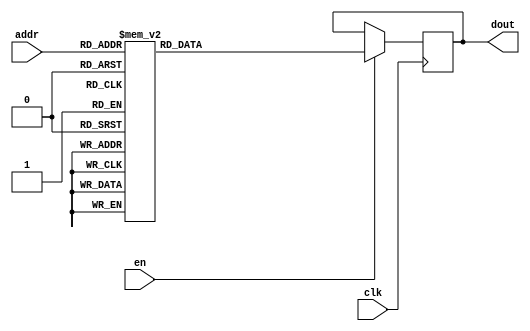
`timescale 1ns / 1ps
/*
Copyright
All right reserved.
Module Name: rom_syn
Author  : Zichuan Liu, Yixing Li and Wenye Liu.
Description:
A synthesized ROM: ROM_DEP x ROM_WID
*/
module EC_1_W_ROM_F_15(
// inputs
clk,
en,
addr,
// outputs
dout
);
localparam ROM_WID = 1152;
localparam ROM_DEP = 32;
localparam ROM_ADDR = 5;
// input definition
input clk;
input en;
input [ROM_ADDR-1:0] addr;
// output definition
output [ROM_WID-1:0] dout;
reg [ROM_WID-1:0] data;
always @(posedge clk)
begin
if (en) begin
case(addr)
		5'd0: data <= 1152'b110111011000001101101011110000110111000110001000111010011011111100011011100101000000001100111000001100101111110100111001000111101000010110110111001011100100000111100101110000011001101001001111000000000100000011110101010011111000100000010101010010111001110100001001000010111010000001000011100101100100010111001001000001110000101011010100010100011011101101110110000100010001100100100111110111001000010011011001101001100111000110011101111010011111001100110001001111011100101100110000001000101111110100111001110110101000010110110011001001100111000100111101010010001001001111001111000010100101100001111100011101101010110000111101010110010001010010000001100110111110000100010111010101011000110010000011011010010000100011010000100001011010111101101000000100001100000100000110100110001001110011010001101111100111101110010100101000000111101101100001001101010100001101000101001011001111100000010001010111001010000110000110101110000010011000111010000101001101001010110111100010011100010000001011001100101110111010110101010010010100010110000111100011001011011001000001011011000010100100000000001100010011100100110000010001010100110001101000100101001111001100000100;
		5'd1: data <= 1152'b000100111110011100101110000011001010110011000011010010100111011001000000011000000101111110101010001111001011100000000010000111110000010111111000110000000100110100000001011110101001001101101001000100101100101001010101000101111001000101110100100100100000011110011110010010001101101110100000011010000010101101110001101100011110000100100111000011100111010001111011110110011011100000001010010010001011011000100111111011001000111001000011100100101111111101000010001100000100100011011000100101000010110001000011100100010010100100111010001100001100000111110001000001101101001001100101000001001100101100010100001101111001000110011101111100001100000011000101000001001111101010100110000100000010110001111101101100110011000001100010100011110010110101100011100110011010001001000010000100011011111000110101011011001110101010000001100110111001110111000010010101000111110001110011111101111100111101101001011100010100110100011000100110000100100111000011100001001101000100101101000100111001001101000000001011010110000111101011011010110100010011011100000000001101100100100000001100010010111111111001101000100011000100110111000010110000110101110011110100001010000001001010;
		5'd2: data <= 1152'b000001000001011110101110011001011110110000000001100011101000111110101101010100100100110011011110100100010011000111010100000011010101100000011011100111101100101011101001001100111100110110010100110000101001111000101001000011011010011101001100100110100000011001010010001010110011011011101001110011001000100010001101000101110000001100011110110110000000110000111010010011101011001110010101000001110010000011101111011000110010010110001011011111101010000100110010010010100100110000111010100000111001011000011010010011110010011000111000111000011010011000100110100001110111110111111010111101001100101011100111100011111001000111110001011110001100011100010001101000001101101100000001100110000001100110111100111110011011100111101010011011101001000011000110101000100110100001001111000011010101100000001001000101101100010111111110000001100101100010011001110100110001000111110111010111011110011001011000001111010000010110111101010000010101110001000011001001100101010100101000001111111001000010000010001111110101010001110010000110001100110111010111110010010011010000101110110100110110110011010101000111001000100001011000100111010111110001000110111011100011101101111000;
		5'd3: data <= 1152'b010011111110110010111001100110111110011011110101011100000000101000100100000010100111101101000101100000111000001101111101111011110000011101101000111010111001100110001111100100010111110100110010111001111110101011101110001101110010000111110001011100101100101000001010010010001101111110111001011011100100101101101010110100100111011101101010111011100001001010100011111110000010110011001110000110011011111101111101110100101000000101101000100000000010111101000100000111010011001101100100010011101100011010011011111100000101010101111101011010010100010001000101101011100001000101101000000101010010101111110000001001110011010010100011110001010111000011010101111111000110100100001111000100010010110000100001000110110011100100101011001000100011011101100001111000000100110101111100100000100100011001001011101111101001111010010001010110101001011111100101101111111110101010000000110100011011111000110110110001000000001011010011001111101011111011011110101100011000111010100101111011101001111110111000010000001101011011111100001010000000011110011000101010111110111011101000110010110101000010101110100001001100100100010101110100001101110011010111001001001010001000001101;
		5'd4: data <= 1152'b100011110101110100111101101000110111111011000101100011001011101101100000000100000100100110111011111011110010100100111111010011100000111000011101011011001110000100011011110010101011110101100011010100101010011101011100110100010111001100111101011001001100010010001100100110111010010000001001010100001110011011101111111010110101101011110000000111001100101001111100010100001010110001000100001100110100111011001011101011101111111010000001001101100111011101111001011100010101001000110101101110100110100001110101001011100001101101100000110000111001110000101100100000010111101010110101011100111010110111101010010111001001010101111100011101101100011100001011100100100111111110001100001110111000101100101110101111101101101000100001100110010110001011010100011101110010000000100111001010000101100101011101111011101010011110101010001001010110100011100011000110101001001100101110001110101110011010111111010101000111110011111101010000000000011000000001101111000011011100101011011100010100100010000010011101110000000011100011110110001111110110101101110001100011101010000110011100011010110111010101001101001000100001010101100001101111100100111010010001100011100100001101;
		5'd5: data <= 1152'b110100110000101010100101101001101111100101000111010011101101000011101010000100010110100001001100100001111110011010010000001001000101101000100100001001111010111010111000000000110100111011111100011000011001000101100000010010111000110110101001000100010001010101001001100110101010101010010010011111000000011011000110001011010101000011010001001001010111101111000001111111010101100001000110101001011011010000110011110011000010000010000000100101000000100001010101100110010000000001010011100010000101101001000111010110101011010000010111010010111100110011110001001011001011010100001110010010011011111110110010001111110110110011010100110010111111111010001101101111011001110111110110111100110011100010110100111001000110000001011100101001100010010000111110011101001101101100000100000100001010001111011001000000111010010101101010101010001011110111000011000001101111100001110001010101101100000110011000110110111101100000101011110001111111100100110101011111111011100111100101010011100001011101011010100000000011101111100111000000000100000001011000101000001000011110100001111010100101001111111010111100110110011101010001111010010000000010100010110110011000011011011101;
		5'd6: data <= 1152'b000000010100001010100000010011101011011010010110001100000011110010000001111100000001011101111011111100001110111000111110001001100000000110100011001110111100001111111100010010111010101010000100100010100110000010001101111110001111011000101110011110000010001111110001001100110011010011110011111110011111110010000010011011001000111011101001000100011100010010101110000001101111001100110001101111110000110011101000100101111111011010111111111011010110100010001001001110111100001010111011001110011010101001110100011110001001110100100101111011111001011110110110110000111110100010010001100110000010011101001000010101100011001111101011101111110110101001110001001110110011111011110111110110111011111110100011100011001100111000111101100100110100010001110111100001111011101001110010110111110101010001000100111100111011011001110010100000100101000010111001101101110101000010001000001100011000001001100000001100001101110100000100110101011110001111111010111100101010000010011000001110011010111111010011101111010111010110001010101101100010100011011000000110111101000111010011101100111011101011100001101101000001111010101111110100110010110101110011010011111001101011100011;
		5'd7: data <= 1152'b000010110000101100101011001000100111010010100010101011011010111011111011011110101101111110100110000001110101000011100000000010010101110111000000010110100100101100111010011011110011100110001110000110011111011110010011101111000110101100001100101011010011101010111101110101010001110000010111011100110111011011010000110010100110110100101101111100011110010110110000010111011101110111111000010011111010110110101100101001100110010111110111111011001101000111111010011110000000110111101010101101001011000101100110100011001101101100001000101000111000111000100110000101110110110100110101101000111011111111001101101111110110000111111001001001101100011110101011110000110011111110011110111110100001010100011010101101001110011010111001101010111110100011110100111111110010111011100110101011011010011100110100011110110010110001011011000010100010000000011010110011000001000101001000111111110101110001011011010100011101010011011100110001010110111001010101001011000101000101001000000110010011111111000001100011110011100101110011110000111111001011111101110001000011100000111110100100000011100110100100001100111011110100011001111010111011111111100000010111100111001111011100;
		5'd8: data <= 1152'b011010001001110011001011101111001000100010010111110111101010001001000000111000001100111100001100100011010110110100101100110001010000101000000110100011100000010000001110000100111111111011011101011010011111001011101100010110001001010100111100011001111000111100111010000101001110111111000000011011000011101111111110110110110111110110111000110001010101111111000101000111000010000101000110000110000001110101010001110000010000000100111110101101010000101110010001101011110001001010111011010110110001000011001000001100101101110100111011000100000100000111000001001011001001010100101001000111111100111000010000101010010101011111010000110110111111100111011100000111110101100010000011110000011111111010010101100011111101100001010111100100100010110100011110100111001111100000000100010111010010101010100000101011010010000000010110111111101111011111101000001111110000111001000110100011010010110110100010100001110100101100100010101011101011111111101100110000110101111011110111011101101100101001011100010000001001110111111101101001001000010100001110010001000100011110101000000011101000001101111110100100111111011100101000110011011101111011001001100110010010111001000111;
		5'd9: data <= 1152'b100010000001100111000111011000110101001110001110101000010010011100011010010010101011011110111101110000110001101110001010011110111100000010011011110000010100000111110101111001101111100111001101110110101101100011110101000011110011010001000010100000000010011110000101100011011010101000111101101100000101110000011010101110101110100011001000110011010100011010101100010000000000100010100011100010100101001001010101110011111111101110011110101110100011111001111011101001001000101100111100110010100010111000101110001001101101100100001000110100010100001101100001101011111111111110100001011110111011001010101011000111000100000000010100100010100000011001010111100011001000111100011000001111111100001111111011111100000111010111111000110011000100001010000110110111001110001000001111100110100110010010000111100110111111111011101101001000111101000010011101001011010001001111111111001010111010111000100100001011000001100011100001001110011101111010111100101110100011100011010011011101110010111001101011111101000101100110111100101110010000011101011101101111011000011010110001001011101110000001010011101010100010010101010000000001001100000111000000110111011001101100001101;
		5'd10: data <= 1152'b011111101111011101011011000111100111001110011010111110011001001001111101011111111010000101001101110010100011111110100100110110101011110011110101010100001101100110010011111011101011010001001100000110011010001110010010111101001100100010101001000001001001101011101000001111010101010001010100110100011111111011110001000001011100011111011111001100100110110001001011010110011000110011111001100111001110011100110000111110100111000010111111101101011111000000100001001110111101101110101000001100111001010111110000100100101111000010001010001011101110100011000100010101111011010111010101000000100010100111010011011100100001100000100101011010110001011011111000100100001000110011000100001111100111001111110010000110010000011010111111010000011100101100001001000101111110000111100111110000101111011000100110011110110101111000101011111010101101000000011101011000101101010101011011111000011001110001100110110110111000010110010010001001100110100110111111010000010001001011011011000000011100000111010001100101111010010000101101011101001001100011110001000101101100100110001100110101010011010010110001001011010011111010110001000000001110011001100100111101010001001111000110;
		5'd11: data <= 1152'b000001110001110110101111001001100010101011100001011011101101101001110110010110100100110101001000100010101111100000000000110011010110011101010111001011100011011011011001110100110110101010111011110001010001101011001001110001111100100110111001010001001101010110110101110001100010110110111100001011100001111100001101100000011101010000010111110011010010011011011111101111010101010010010101001001010100011101101000010001000011010110011101011111011010111100010001110101000001110110110010110010011011100101001100110111100010010110110111011110100100100010010001001011001001010100101111010001001010110100010010001101110110101011001100110110011111111001111000100100110101001101000001000110011011100010100001001011100101101110110111101100101111100101111010000101111000110100111010110110101000100110010100111000011110011110100010111101101100011100010010001101001100010101010101100010001001000010011101000001001101100100111010000000001101101111111101111011001001001010001111100010101011000111010001011000011111011000010101111111011000001011011000000010101000010110101011010100101110011110111011110101001110001000110111100010100000100000011110111011100010010001100000;
		5'd12: data <= 1152'b110011011011110101100110011001111101001011001010111011100110010010011010110000101101110110000101101011111000111010011000001111101100000100001001001011000111001110011110011001011000111000101100110011110100011101010100000010111010000101001110110100000111000111110001000010111011010011110011110110101110110110000110101000100100111110111111001110001110110111101111000001101011000111100000100001011000101001011101100100111001101010010110101001011110001011101010101111010000101000000000011010110110001000111011001010001101010100111011001000001011001110011111111100101100001000101110110011000000000000010000010000011010010000101010111110111011000011010001100111000111100110010110110110101011111111100101001101001100111000111111001100111101110101100111010000101011001011110010100111110000000011010011100000110101101010001010101011011000000001111001001111010000100100111000111000110001111000111010001010101101100000010000010110101101011100110011010010111010100100101110010110101001111110110010101010000110001111011110100110000110001011111100000011000101010110110110010100101111111111101100110100100110110100010111010010111110010000110111100101101011000001100010;
		5'd13: data <= 1152'b111101111010001010111010111011111101001001110001110111101101101110100111101111110110101011010001110011101011111110011000000010011011001011010010001010011100111111011010100101000101101110000101101010011111001111110011111111010000111011101000010100011101001010111101100011101001100110001101111100100101100111110001110010001011000010111100011110100011111111101100101011111011100001100010111000100111111010101111111000101000110101111001000000101111110011000010011010110101110011001100000011001010001111110011110110011000010011001110001000011100110011011100001000110100101001111111101011111111010001110010010000110100100010100011011111011001011111111110110011001010001110010100100111111110111101111010111100111110011110110101011011110011010010110010000101001011110111010110001011011011110001111011101101101000111101011000011101101001111101011110010011110011001011011000110101010100000100011000111111011111111110110111000111101100000011010101010010001100000100000100110111010110001100110011101011101001101010010111101110000001111111110111111111101100000111110011001100111111110110000011011010101110110000111101011010110010110101111110000101011110111011110100;
		5'd14: data <= 1152'b110110100111110011011001100111101010000100111110001101010000111000111101001110110010001100011101001111011010001011110100011100101001111001110100000110011010111110110011101010110010000111110010011010110010101110101011111100010111011111101010101001100111101011011001010110110011111001001100101011010100011000000011101001000000101011000010100101000100111010110100111001101000111001100010111010100110000010011111101101011101101000110001111110100011010010101100101001110100110010000100111101110100111010100100101000001101110001000100110111111010001111111010000010110010101010110110111111011011011111101011100010001110001110000110001001001010101001001000000011100000111001010011001011000110001111101000101010000111111101100110011110000100111011010001010011001000110000101011111110000101100000111000110110111111011101110100000000010110101010001010001101011111010111101101001011011100001011101111011110001001110001001000010100011011001110010100010010101110110101101010110111011011110011101011001110000011111110111010011111101011100000001000000100111000101101100011011001010100011011101001101010100101111011000010100111000000001110100011100010000110101000001100;
		5'd15: data <= 1152'b010100111110101010011100101010001000101011100101000110100001001011101010001101011000100001101100110101100100011010000001001000010101001111101000101011111010110011101111101000010101011001010010111100011010000101001001010011011001110010000110110000010011000100001110111101101100111110001001101011101100010100111010011111011100000110100111110000001011100101011100101010100100100000011101000001111111010100111100001011001010101010001001010101100100101001000001010100001101111010111010100111000010100001000111101111010011010111100111111010010000110011000111101001011101000101110101010000011100100010010110101101010000000000110001010101010100111100011110011111011101100101010000110000111001110010101010000011110111000100000110100001101001110011010010001001010100101010001111010000011001100100101010011010011110111011000000000110101101111101000000010000001101010110001011100011001000110111000101000100010100000100000110111000000000010011000111101001001100000110100101011000101101001010001100110000100001001001011101100000010100011100001000000001111101011101100001000001101000101110101001101000110111001011010110100011011001100001011001101110010000100000001111;
		5'd16: data <= 1152'b011011111001011100110111000100011111111101000000110111001110100001101010110111101010110000000010100000111011001010010010101111000010100000100111010011101101011111001110000000111100111011001111010001011001111011010111110101111100010101110100010100011100011110111000000110111001001111110111111010010111111111111001100001000100101001001110001110000111010111100011111100011001100011100110110011100000111111001001100000111001011011000001100011011111000001101100100110101000111010000000000101010001011010110011001111100001010000101001101010001101100110000111100101110101100101011010010000011101101001010101101111110000010111001001010110110101111010001000000111001001101101001110111000010001111010110001000000000111101000100010000101110011010101010011100000111100100001101010110101101110010011001101101010011011111011110001011011101111000001100101010100001100011101000000001101011000011101110001101001011001000110110000100111111111100111011111100101000111011000101100011110111100010111010100001100110100000101000010000011101000010100011000000111000001111010101101110010110011100110110010001100100110101111101000001011011011000111000101111010101000111011100000;
		5'd17: data <= 1152'b100101001010100010110101110000111111110111001101100010101010000101000001101011010111010111011011111101111000100011110001000011001101010110000010101000000010001000110101011001001100010110001101000100001101001100100010000010010111010100010001111100010001011011010111100101011011011010111100011110001101000100011010101100000110100000111101011010111100101010111000110101010110001110001000000111101010101011100000000100000001000101000110111011110110011101110111101010010011100010110011111001110011000000111001000101001101011110010111101001001001011001010100010111111101100000100011000100000111101110111111100001110011000100110001010100001100011010010011100101000101111110111000100110000100000100011010100101000010110100111101011100101100100010101010010001010011101111011000100110111011011100100110111000010101110000100010011100100111110111010000010010010011100110000100101001000111100111010010000000101101001111001110001001101111010000111110010110010001010110110000000101101100000111101101111111001011000000110100010110110000100011010011100010100011100111010001111111100101010101010010000011001110101110100001001000011011000010111000010001010100101110111000;
		5'd18: data <= 1152'b100101101100010001011100100000100011000010001001000010011101010101100000001101010010101000110000001110101011110101001000000011001001010110001100100000011000101110111100111001010010001100000001110110011001010101110001001111110010010111101001010011011000101011011111110000010111001110001011011110010110111100101110110011010101001010110111001010010100110001111000001111011001100000001100101101001000010011011101101010111101110011001001100110111111000001101001000110001110111000000000010010101101010000000011000010001111101100111000001010001101001111011101110011000111101110011011110100111001110110110011011111110110011101111010010000001111101011110111111111001011011010111110001100000101101100001010111101100101110000011101111110000110100110001011101111100000001111111001100001001011000000100110100010110000110111101000111110011101101011011111100010101010110100000001100010110001000001000000001010011101011110111101101110000110111001011100111001000001101011011000111011010100000111100100010111000000010001001000010000001001010110000011111101010011111000011100110110101001010100011110101011101100110000011101100100110011101110100100000010100100011100111001;
		5'd19: data <= 1152'b000111000100000000010111101110110010101000000011011111101011010001110001000110001101100000001010110100101111100001000000101011110001111011110010010000110100110001011111000100110010111000101111011111111000011000111100010111111100000101100000000011101001111010001100110110010101100100000001011100100000011101100101011000101010101110010000000000010011100010101110011010010010111001011100011111000001011101001010000010010111010101101110011101000110110010001101010001100101010101111001110000001010101111000100000111001001100000111011110001000101011110110101011011101010010101100101110010100100111010110100101111110100001101010100100110001100010011011100000010011101110000100011011100000101011111001010110100100101100000000110010010001100010010000001110100101000001000000100110110001001101100000001000100110001010101100110111000001100001010101110010001000000010110101011000100110100010011000010010100001101101000001001100101000111101100010100000111101011111111111010111111100001101011011000110011100000111110110100010000101100000101000110100101001011000000001100001001100100001101011010100100001111100011010000111111000100101110011011001111000100000010001101;
		5'd20: data <= 1152'b110110000111101110011001000110010100000110101110011100010010011111011010110010101001011010100001010001100101001010011110011011111100011110001101101011000010001001001110111010110111111111100011111110100101001011001100110000100000000100010100100011101100010101001100001000001000101001000011000011101100001011101110111110111111001111001010010101001001101110010101011110010101001001010101110100110110100011101111101011110100111011100011001010101101000011110010001101110000110011000110100000010011111000110000011000010001011111110100001011101011110000011110100100110100111011111111011100011000000101000001110100111101100101110001010001110101111100000010000111100101101101001000000110111011111010110101001001010001101110110111100100111111010101010011011111011000110001110011000001010000011101111000011011000101001111010111001100110100100101110001010000000100011010010100100111010110100001010011010111001000001111100111010110111000010010010011101011000011001100101111100010001110011100011111101111010100111001000111100011010010001011011000100000111101010110100011000101101010101010101001100101101000101000110111100110111010010000111110010111101000111100100000;
		5'd21: data <= 1152'b101111011011010001011011111111000100100011111100101100111000101111010100001011110001000111000100001101001101010110001001111111010101011111111100011000011111110000100011101011010001000101011011001111010011110101000011101011110011111001010010101001011101110010111110010001001100000110001100011101101011011101111101000101100110110110111111111010111011111100111011111110000010011111001110110000011000001110110110000100111000111011000001110011101001010111000010010100001101110010110000110000110101111110011001010000010100000110011011011111100110000101011011110010011010011010100111101000100101010000010101110001001101111010011110001010011011000111111100000011001100000111100011000100011011011010000001010110100011100110111011000010011000111100111011111100000101000111011100110111100010111111000000100001101000001110010100010000010111100011100001110100100100111010110011010110011011100111001111000111111000011110100101001101100000100111110010111010111110110010110100001010000101010001011111101001001111111010011100001010110000101101011100101110011000001001101001010011011111111010001000111110110100101100001100100000011100010110011100111000000100101111001101;
		5'd22: data <= 1152'b000110100011101011010011100001100101101100010111110011100011011011101010111101110000101001011000111000110011111100101110000000101010000110000111001101100111000011011000100010011000101011000110111000010101000101111100010100101010111011111110011100010001100001110001001111111010000001011001110001010011110011010001010010100000110111011010001101010010111100001001101000010100001111011101110111101001110011000001101101101111000100111110000000010110000100111000001101010010001100100111001100011101000111100000000111001000001111000010001111111011000110011110010110010100110010110111011001010101000001111010011100001111011001011101001111101100100101100011001110111011101101011111111010010111100110010011000001011000111011011110101101010101010011011100111001111010100111100111010111001011100001000101111000101111100011100010000001100100100000101011001100010101001100000000001011111101000010100000000100000000011100110110011101010000001000110110100001110110101100010110000010011110011101000010001000001110101001010101011001000101001011110111001111011111001101011001001001110001111011101011010010010101111011111110000011010101000001010000101100010001110111101111;
		5'd23: data <= 1152'b110001111100000011100101101011000110011100010101010110101101010001110110011100001110111101000100000010001011010001100000100001000000011111100110111000110001110010001110000100010111111011111001110100011110100011101110000110101100010111101001010001011101111000101011000100101110011010100100101101110001001011111110101111001011101101110010001011101100001011101101001111110110100101010110001011001011011001010001110010010001000100001110001101010010100110110001101011010110001100110011000010001001000101110001010100000111110010111111011000011101111010000101011111101111000101001001000110001010101110111011101101110001111010110111010011001101011010000101000011011011000000001100000100000010110110110101011100000011100111111010110011101011010001110010000001011100100010001100010110011000101100110100101000111010000101100101110001011010010100000010001101011011000101100101010001110000110110111000011100010101001110111001000111100110001111111000011010001001110110100001110011100011110100110001110011001100011110001110101100000010000011011101000100110001010001110001101110000100001010000110010010000100011100111111100111001100010110001111110000101000011101111001;
		5'd24: data <= 1152'b010101011011000100111000010101011010001110011100100101010010110110000100110111010001010100110110110011110000001011011001111100111110110111111011001101000100000110110001110011011001100101101010101010000100110010011101110010001101111010000110110010110011100101110101101100100011010001000001101110101110110111001000101100111000011010001101101110000011010101010111100000111100111101100001011100110010001100111011100011100011001010110111011111011011011100110000100101011011111001110110010101100001011110111110011001110100001010100110001111111001001110111010110010110010111010110101100101110000110011011111010001001000001101111101100100001010000101111010111010000010011110001101110111111101011100010110111101010011001110001011110011111001110110001100101010110011010101100011101011101101010011000011100011100011111100000011011101001011000001111000101101011000101001111010111001010011100100101110000011101000101001110101110000001001110010011111100110110110110001110111001100011000000011001111001110110001000111111001011001000000011010000011110011101110011110111100110111101001000101011100111101010100000101101000110011101001001010010100011011100111011000100100;
		5'd25: data <= 1152'b110101001001110000011101111110011101001111100000100110110100101011001001111010000101011011001110001011000000011011100011101110001101010010110010010100011100000111011011111011001001011100101110100011011010010110010000111111010011111011000010101010110011001011010001100000100011101001000001110110101110100010010110001000101100111001111000000000101110100001111110010011101010000100110000110101011000001010110101101101111111111011110001110111101111000011101100001000011101100000010100001011100000111001111001101000001101100010101011100101001101000110000101111001011100111110000100111011101011010010010001000001011100111000100010101110111010001111010001101001101011111000100001101010001110110110000110100100001110111111111000110010000000100000101110100011000001001101100000110000000011101010011011000001011110110110000000111001100110111011000111110100100110010101111011110101001010101100011010111110100000110000011101110001100010001100000000101010101010110100100110010111101101010000100101101110010101011101011101110110000010101100001100101111001011100001100001101001011100111111100100001100010110000001010000000011001001100111110110111010010001101001101010;
		5'd26: data <= 1152'b100101101100001001011011100010011101101010111110000111010011111010001101101111011101101000111001011011110100001011101111101110101001111011011010100011101110100101010101011000100011001011100000111010110010100110010000111111001011011010111100010001000000100010001000000001011010101011000101000100101000001011101001011110110101101011011011100101001000001110011000111100001100110000000100110100100001110010110100101001110111000111101111111001111011001001011000101111110010101010101101011010101101101000111110010000101001111000000100001011101111011101111100110110111110101010101011111100010001011111001001111010101001000111111100010000000001110001001000000110101000111111010110011000100000011111101101001111001111011000010111101010001000101011011101100010001101100010000110111110100001110011001001101001100111010100100110000001010110101001101001101101111110001100001101001111011110100100110011010110001000111010000000010110111001101001111110000010110010101011010110110111011011000101111010011110000111111110111101001000101001111000001000000100101100010011100111010111000010001011100101000001100100101011010010001001100001101001101001000011001010101001100110;
		5'd27: data <= 1152'b000100000011001110101110010001111011101100001001110010100001111010011011110101101100011000110101110010000010000000001011110000101001110010101001111110010101011110010000101111001100100110111110100111000000010110011101101001010011100010010000100110010100001110100101101000111110111001100001110110101101000110011110101100001011100001010001110111011100100010001010000001110101000101000001110001011000010100101010110100011011101111101100100000010000010011000110010101111101011100111110010111001110011010010011101010010101010010101101101100011111010111010010011000011100010010111010101011000000110100001011101001100111110011010110100100111100100000110101101100110010011000010001100010000001000011011110010110001100000100000101110111101111101011001110001100110100101101111011010101001010100010111101001000111010000001001101100011010011100001100111000100000100001101100100000101101100010101010011001110010101011100011101001010000011001101000010111001001100010100111000011010001000011000000100101011110101000001000001110100010001100100000101000100111010100000000010001001000100010011010101001011000100001000000010100101000011101111000010011101010100101100010011;
		5'd28: data <= 1152'b110111111110000010111100001011100000011011010011011010111111001011100001010100001100110101001001100101101111100000010000000011010010101101111011001011100000110001011111100011100111101000111111110000111101010001000101011111111001110001111110010001001011111110111100100000001101101111001011011100110010111000100001000111101011101100110101100000111111001101010011001010000010100000111011001001111100010000110110001001000010001010010001010010101111001101010101010100101100110001010010110100000011100101000000110110010001000101001111011010100101110000000101101011100011000100100110010000001010101000010111001101100100111100001111110011010111001011011000100110100101101111000011011100101011111010100010001101000100101110111111000100110111100001110010000000101000110000111010001001111000111001101110000101110010011111000010011000101011101111100100110100000000111010111010110000100101110111011000000100010100001111111111111000001000100011001011111011101001000110101100110000011101000010010101001111000100011000000110100011000010000111011000000010001101011110110011001110001000101111101101101100100111101000110111110010111010110000110011000101100011000000100010;
		5'd29: data <= 1152'b010000111101001110100010001010011010011010000001010111100001010111100010110100101100110100000011100011010011110100101101000001010100011011000010101011111010100011111110010000010101111011010011111000100101011011101101010000001111000100111101001001101000011100001010110001101100001110101100111101110000000101011010101100010111000100100100010010100000101010101101001110010110010101001110000001111101110011001001000111001101011100110100010111010001100101101001111111101100001010010111001010000111100111100101000111101000011101011100011000111010110011010010100100000001010101011001011001010010101100001011001110110110000011111001011011100101110010010111110111000110000000011100111101011000110001010000011110110111110111010001101001100011101100100100001010010111110100011110110101110101111000100000010011111001001110100100000101010100111001001010010111011001000111101110011011100000001011100101011010000110111011000001100111100011000110010010111001010000110101000001110010010101011111011011111111000011010111011100101011011000000000000001100010011000110001001001101111101010010100000110000001011100010111011001010101000101110110000110000010001100001001000000;
		5'd30: data <= 1152'b001001111110110011100111101011000010111010000001010111100101100011110001111010000100101000011111100100000111101101100111011111100010011111110110001000100001110011101111100111000001010001011000101001011110100011011110111110111110010110101111011001011111111000100101001101100011000001011110000100101001111110000001000011111101010111011011101101111111011101100001011011110111111011111010001101011000011001110000110001000011000000001100110000010000111100010001011001111001001100110110010010100101000100001101000111101111000100110011010100001100001111001001111010101010010100101111100001111010010100010010011101000110011010000111100110010111100101010001001100110011010001100011100010001110110010000011100001101100011000001101100101001110010000001110000001101001111000110001010000001011100100011011100000110110001111101011111011101011010100000011001001000001000011100001110101100101000111011110001010100111101000001011110011111011001101001111111101101010111011010011001111100011111111001001100010011000101101010101111100001110000101001010000010011000010010110011001001101100011101101110011100111111000010011111110010001000000010000001000111110011011001000000;
		5'd31: data <= 1152'b110001110000001010110000000011000110000011001101000101111011011011001010110100101101111000101101011110000010111000011010001000111101001100101011101101101110101010011100110010010000111010110100111010100101011111011100110011000011011000001110100100000010000101011010000110000001101111100011100111001100001010000010111110101111000010010011110000111000110110111011001010110001001100111011000111001001010001000011111001101101110111000010011000100100101001110001000111001100010000000011001110010010000100010000000111011000110011011101010010011001010010110101000001000110000001001010001101011001101000100111101100111101110000110011010010000001111010110111001001111010100000000100110101010010110011000001000011001101100111011100000001100011000001111000001000010101100011001111000010011000101010011010100000110001000101101111111111011001010100110000010100001001101010110000011110100011110111111010010001011101000110001101101001001100000100010100001000011110100110100111010000101001000000001000110001101011101011010101110110110000000111001100000110100100111111100011001110000000000111101010111110110111001100110000010000010100011110101000010100011101000100011000;
		endcase
		end
	end
	assign dout = data;
endmodule